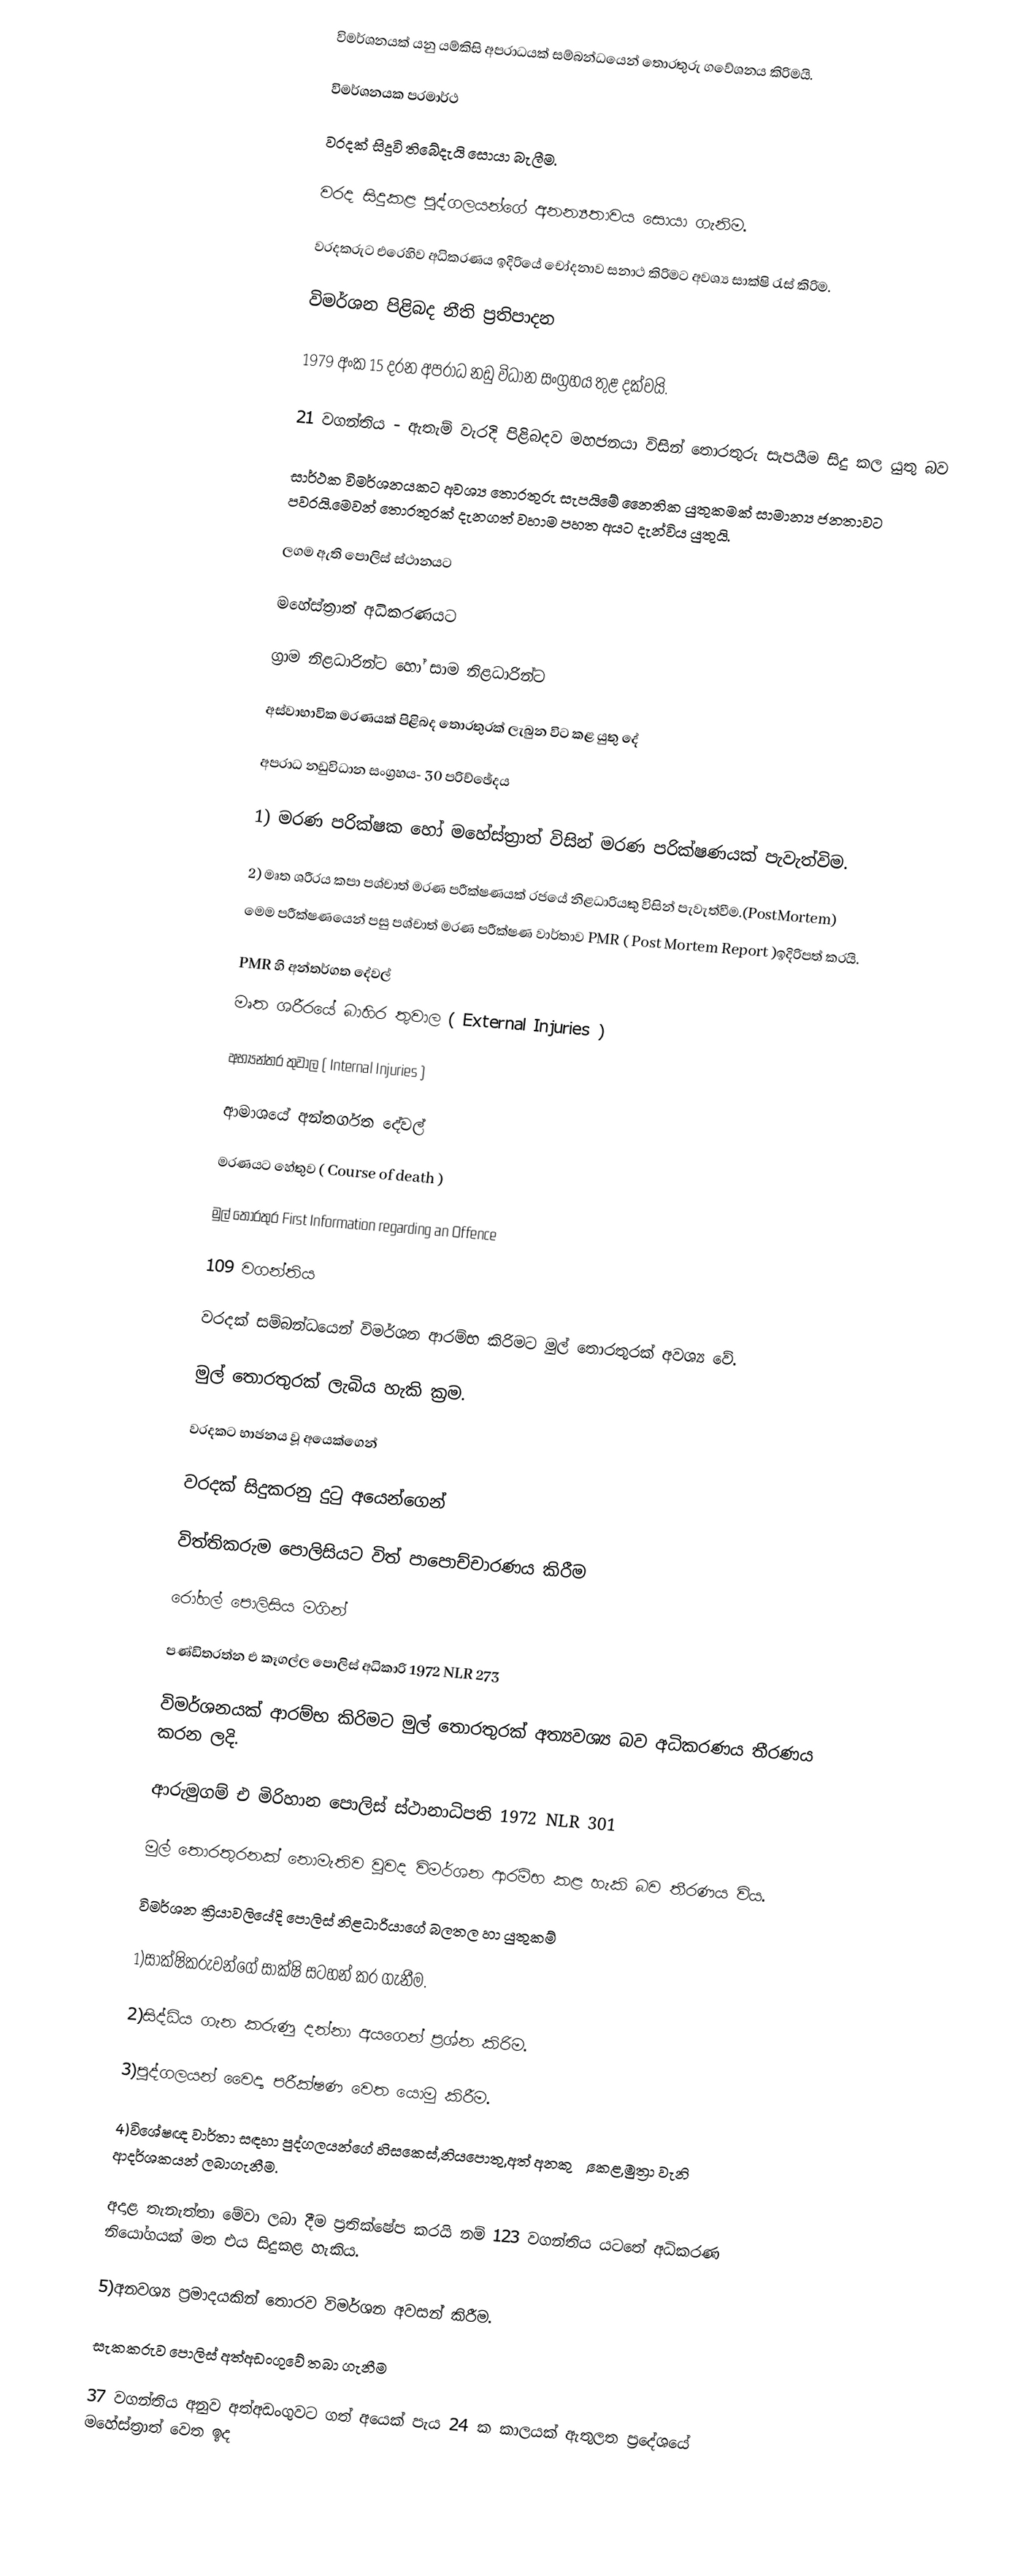
විමර්ශනයක් යනු යම්කිසි අපරාධයක් සම්බන්ධයෙන් තොරතුරු ගවේශනය කිරිමයි.

විමර්ශනයක පරමාර්ථ

වරදක් සිදුවි තිබේදැයි ‍සොයා බැලීම.

වරද සිදුකළ පුද්ගලයන්ගේ අනන්‍යතාවය ‍සොයා ගැනිම.

වරදකරුට එරෙහිව අධිකරණය ඉදිරියේ චෝදනාව සනාථ කිරිමට අවශ්‍ය සාක්ෂි රැස් කිරිම.

විමර්ශන පිළිබද නීති ප්‍රතිපාදන

1979 අංක 15 දරන අපරාධ නඩු විධාන සංග්‍රහය තුළ දක්වයි.

21 වගන්තිය - ඇතැම් වැරදි පිළිබදව මහජනයා විසින් තොරතුරු සැපයීම සිදු කල යුතු බව

සාර්ථක විමර්ශනයකට අවශ්‍ය ‍තොරතුරු සැපයිමේ නෛතික යුතුකමක් සාමාන්‍ය  ජනතාවට පවරයි.මෙවන් ‍තොරතුරක් දැනගත් වහාම පහත අයට දැන්විය යුතුයි.

ලගම ඇති ‍පොලිස් ස්ථානයට

මහේස්ත්‍රාත් අධිකරණයට

ග්‍රාම නිළධාරින්ට හෝ සාම නිළධාරින්ට

අස්වාභාවික මරණයක් පිළිබද ‍තොරතුරක් ලැබුන විට කළ යුතු දේ

අපරාධ නඩුවිධාන සංග්‍රහය- 30 පරිච්ඡේදය ‍‍

1) මරණ පරික්ෂක හෝ මහේස්ත්‍රාත් විසින් මරණ පරික්ෂණයක් පැවැත්විම.

2) මෘත ශරීරය කපා පශ්චාත් මරණ පරීක්ෂණයක් රජයේ නිළධාරියකු විසින් පැවැත්වීම.(PostMortem)
මෙම පරීක්ෂණයෙන් පසු පශ්චාත් මරණ පරීක්ෂණ වාර්තාව PMR ( Post Mortem Report )ඉදිරිපත් කරයි.

PMR හි අන්තර්ගත දේවල්
මෘත ශරීරයේ බාහිර තුවාල ( External Injuries )

අභ්‍යන්තර තුවාල ( Internal Injuries )

ආමාශයේ අන්තර්ගත දේවල්

මරණයට හේතුව ( Course of death )

මුල් තොරතුර First Information regarding an Offence

109 වගන්තිය

වරදක් සම්බන්ධයෙන් විමර්ශන ආරම්භ කිරිමට මුල් තොරතුරක් අවශ්‍ය වේ.

මුල් තොරතුරක් ලැබිය හැකි ක්‍රම.

වරදකට භාඡනය වූ අයෙක්ගෙන්

වරදක් සිදුකරනු දුටු අයෙන්ගෙන්

විත්තිකරුම පොලිසියට විත් පාපොච්චාරණය කිරීම

රෝහල් පොලිසිය මගින්

පණ්ඩිතරත්න එ කෑගල්ල පොලිස් අධිකාරි 1972 NLR 273

විමර්ශනයක් ආරම්භ කිරිමට මුල් තොරතුරක් අත්‍යවශ්‍ය බව අධිකරණය තීරණය කරන ලදි.

ආරුමුගම් එ මිරිහාන පොලිස් ස්ථානාධිපති 1972 NLR 301

මුල් තොරතුරනක් නොමැතිව වුවද විමර්ශන ආරම්භ කළ හැකි බව තීරණය විය.

විමර්ශන ක්‍රියාවලියේදි ‍පොලිස්  නිළධාරියාගේ බලතල හා යුතුකම්

1)සාක්ෂිකරුවන්ගේ සාක්ෂි සටහන් කර ගැනීම.

2)සිද්ධිය ගැන කරුණු දන්නා අය‍ගෙන් ප්‍රශ්න කිරිම.

3)පුද්ගලයන් වෛද්‍ය පරීක්ෂණ වෙත යොමු කිරීම.

4)විශේෂඥ වාර්තා සඳහා පුද්ගලයන්ගේ හිසකෙස්,නිය‍පොතු,අත් අනකුරු,කෙළ,මුත්‍රා වැනි ආදර්ශකයන් ලබාගැනීම.

අදාළ තැනැත්තා මේවා ලබා දීම ප්‍රතික්ෂේප කරයි නම් 123 වගන්තිය යටතේ අධිකරණ නියෝගයක් මත එය සිදුකළ හැකිය.

5)අනවශ්‍ය ප්‍රමාදයකින් තොරව විමර්ශන අවසන් කිරීම.

සැකකරුව පොලිස් අත්අඩංගුවේ තබා ගැනීම

37 වගන්තිය අනුව අත්අඩංගුවට ගත් අයෙක් පැය 24 ක කාලයක් ඇතුලත ප්‍රදේශයේ මහේස්ත්‍රාත් වෙත ඉද